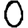
Digit: 0